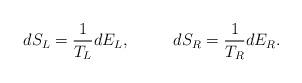
LaTeX: \begin{align*}dS_L={1\over{T_L}}dE_L,\ \ \ \ \ \ \ \ dS_R={1\over{T_R}}dE_R.\end{align*}